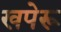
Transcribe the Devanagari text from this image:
खपेरू